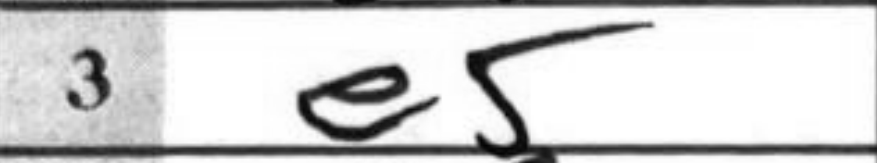
Transcription: e5